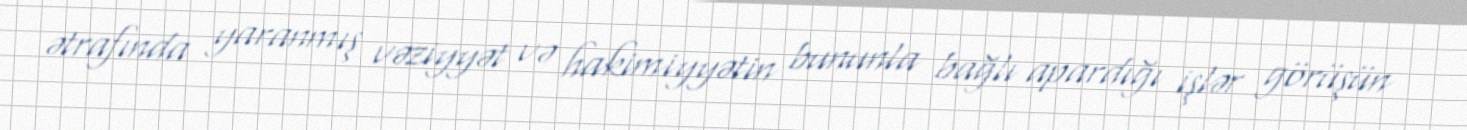
ətrafında yaranmış vəziyyət və hakimiyyətin bununla bağlı apardığı işlər görüşün